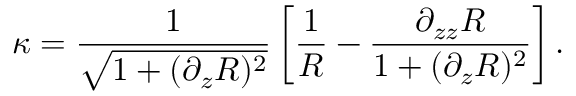
\kappa = \frac { 1 } { \sqrt { 1 + ( \partial _ { z } R ) ^ { 2 } } } \left[ \frac { 1 } { R } - \frac { \partial _ { z z } R } { 1 + ( \partial _ { z } R ) ^ { 2 } } \right] .